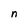
Character: n